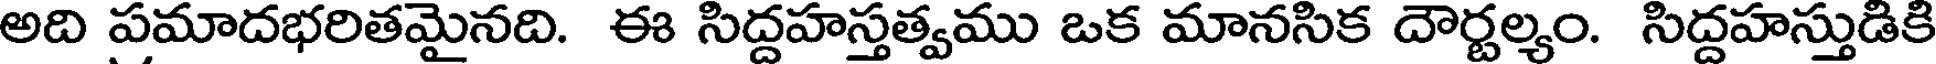
అది పమాదభరితమైనది. ఈ సిద్దహస్తత్వము ఒక మానసిక దౌర్టల్యం. సిద్దహస్తుడికి